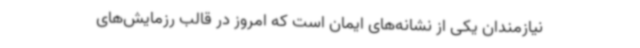
نیازمندان یکی از نشانه‌های ایمان است که امروز در قالب رزمایش‌های